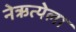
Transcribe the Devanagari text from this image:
नेऋत्येला